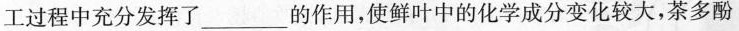
工过程中充分发挥了___ 的作用，使鲜叶中的化学成分变化较大，茶多酚